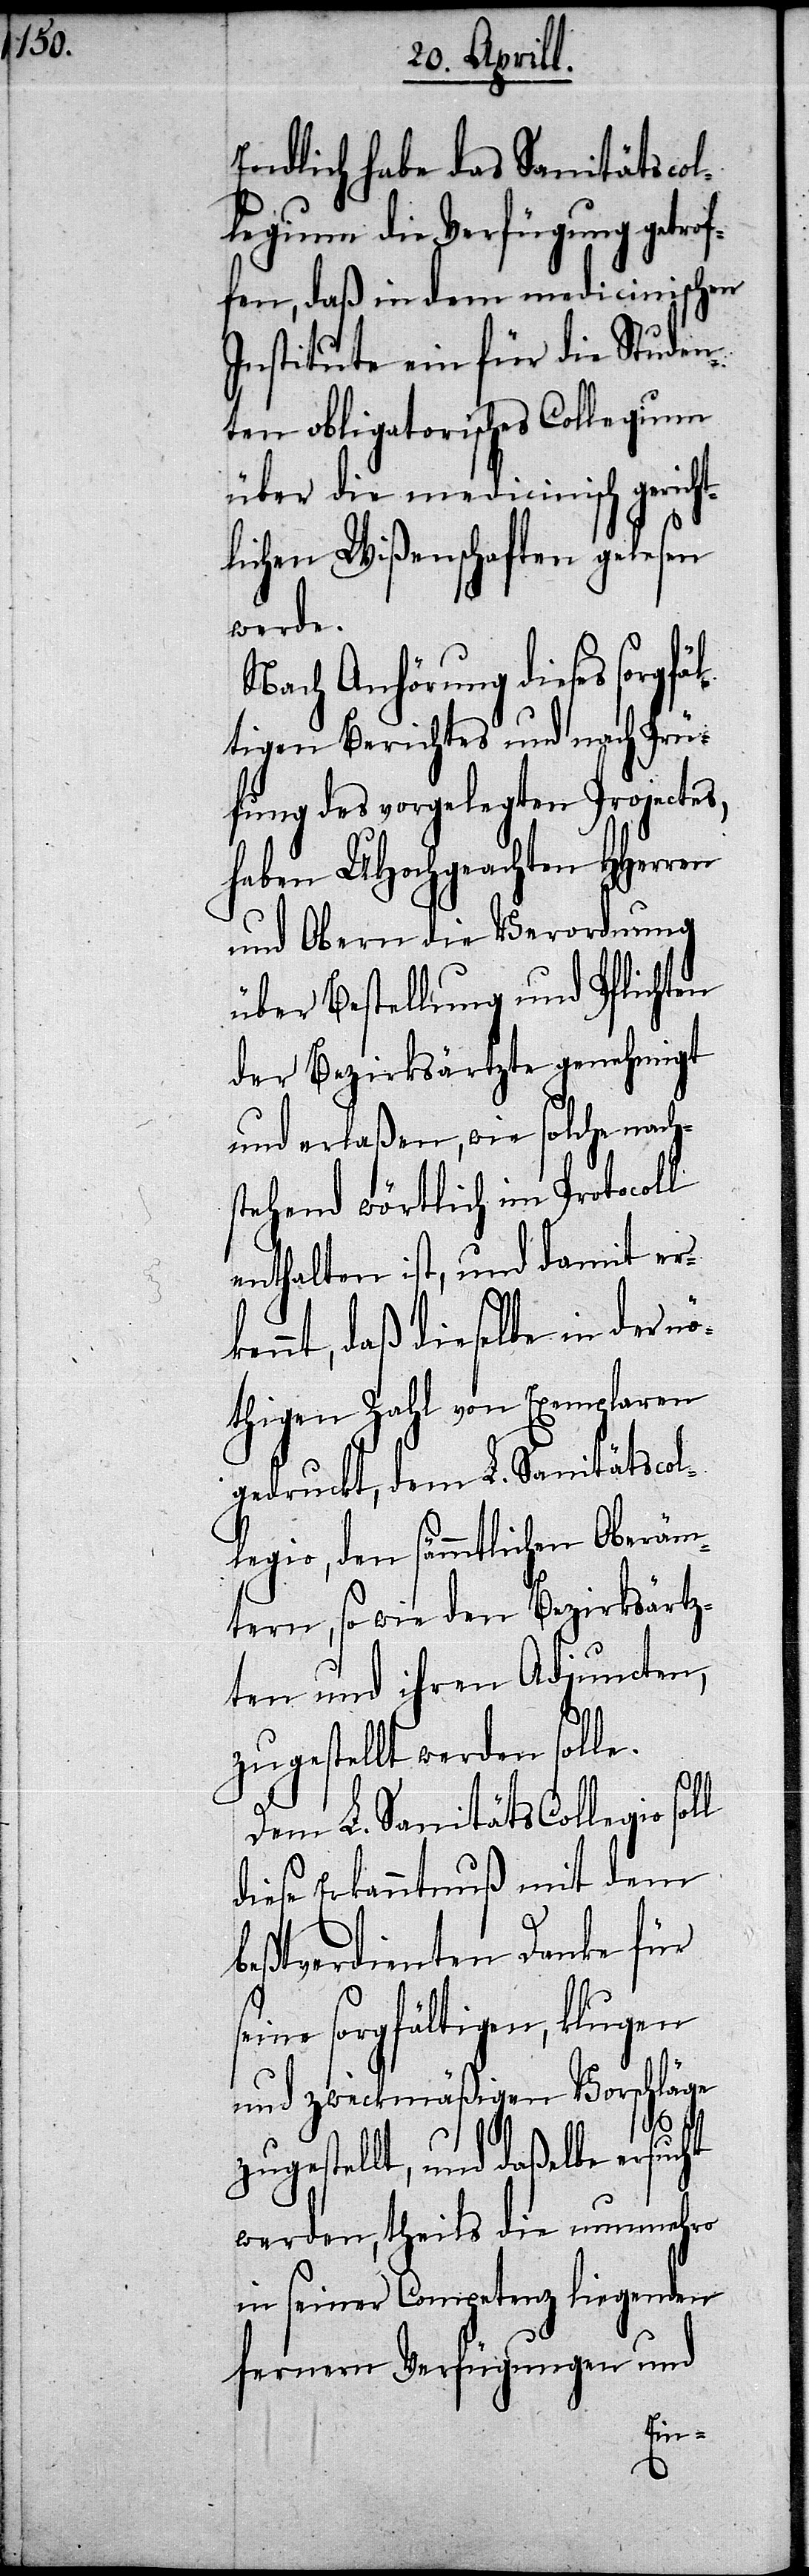
Endlich habe das Sanitätscol¬
legium die Verfügung getrof¬
fen, daß in dem medicinischen
Institute ein für die Studen¬
ten obligatorisches Collegium
über die medicinisch gericht¬
lichen Wißenschaften gelesen
werde.
Nach Anhörung dieses sorgfäl¬
tigen Berichtes und nach Prü¬
fung des vorgelegten Projectes,
haben UHochgeachten HHer¬
und Obern die Verordnung
über Bestellung und Pflichten
der Bezirksärzte genehmigt
und erlaßen, wie solche nach¬
stehend wörtlich im Protocoll
enthalten ist, und damit er¬
kennt, daß dieselbe in der nö¬
thigen Zahl von Exemplaren
gedruckt, dam L. Sanitägscol¬
ligio, den sämmtlichen Oberäm¬
tern, so wie den Bezirksärz¬
ten und ihren Adjuncten,
zugestellt werden solle.
Dem L. Sanitätscollegio
diese Erkanntnuß mit dem
beßtverdienten Danke für
eine sorgfältigen, klugen
und zweckmäßigen Vorschläge
s¬
zugestellt, und daßelbe ersucht
werden, theils die nunmehro
in seiner Competenz liegenden
fernern Verfügungen und